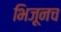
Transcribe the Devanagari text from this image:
भिजूनच